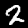
Label: 2